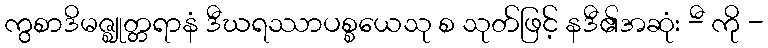
ကွစာဒိမဇ္ဈုတ္တရာနံ ဒီဃရဿာပစ္စယေသု စ သုတ်ဖြင့် နဒီ၏အဆုံး -ီ ကို -